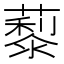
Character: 𦿾